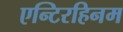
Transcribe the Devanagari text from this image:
एन्टिरहिनम